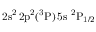
\mathrm { 2 s ^ { 2 } \, 2 p ^ { 2 } ( ^ { 3 } P ) \, 5 s ~ ^ { 2 } P _ { 1 / 2 } }